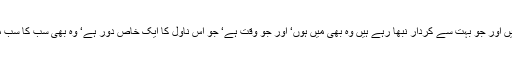
یہ پورا ناول کب کا مجھ پہ گزر چکا ہے‘ یہ سارے نوجوان جو اس میں ہیں اور جو بہت سے کردار نبھا رہے ہیں وہ بھی میں ہوں‘ اور جو وقت ہے‘ جو اس ناول کا ایک خاص دور ہے‘ وہ بھی سب کا سب مجھ پر سے ہو کے گزرا ہے‘ اور وہ جو لکھنے والا ہے وہ بھی میں ہوں۔